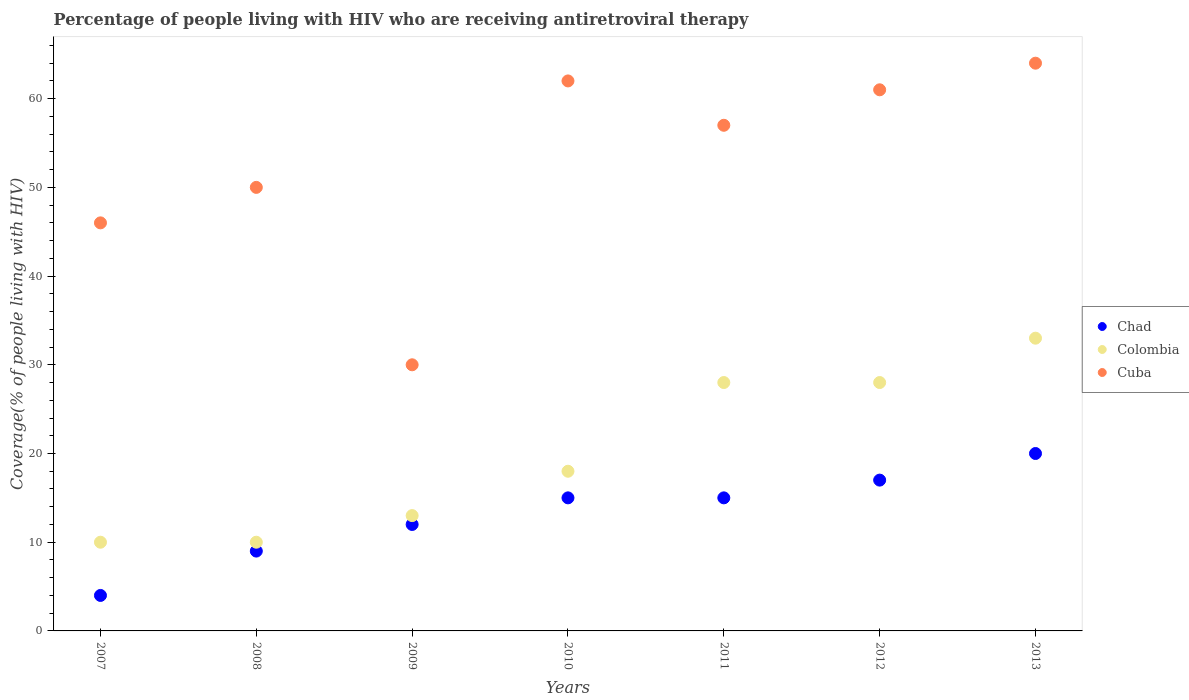
| Years | Chad | Colombia | Cuba |
 | --- | --- | --- | --- |
 | 2007 | 4 | 10 | 46 |
 | 2008 | 9 | 10 | 50 |
 | 2009 | 12 | 13 | 30 |
 | 2010 | 15 | 18 | 62 |
 | 2011 | 15 | 28 | 57 |
 | 2012 | 17 | 28 | 61 |
 | 2013 | 20 | 33 | 64 |